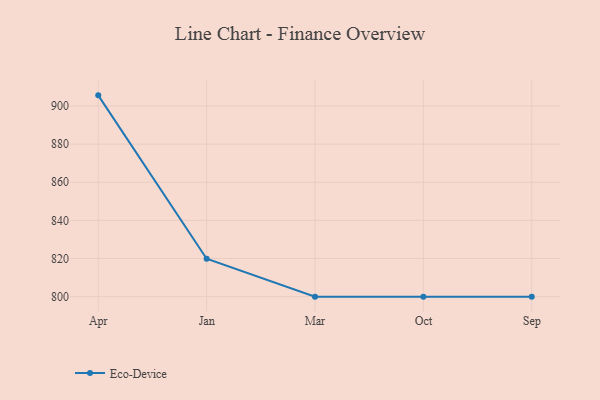
{"axis": {"x": "Month", "y": "Energy Usage (MWh)"}, "legend": ["Eco-Device"], "data": [{"x": "Apr", "y": 905.6, "type": "Eco-Device"}, {"x": "Jan", "y": 819.9, "type": "Eco-Device"}, {"x": "Mar", "y": 800, "type": "Eco-Device"}, {"x": "Oct", "y": 800, "type": "Eco-Device"}, {"x": "Sep", "y": 800, "type": "Eco-Device"}]}